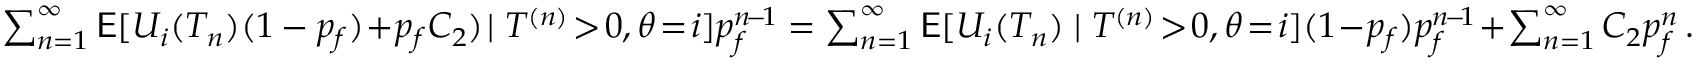
\begin{array} { r } { \sum _ { n = 1 } ^ { \infty } \mathsf { E } [ U _ { i } ( T _ { n } ) ( 1 - p _ { f } ) \! + \! p _ { f } C _ { 2 } ) \! \mid T ^ { ( n ) } \! > \! 0 , \theta \! = \! i ] p _ { f } ^ { n \! - \! 1 } = \sum _ { n = 1 } ^ { \infty } \mathsf { E } [ U _ { i } ( T _ { n } ) \mid T ^ { ( n ) } \! > \! 0 , \theta \! = \! i ] ( 1 \! - \! p _ { f } ) p _ { f } ^ { n \! - \! 1 } \! + \! \sum _ { n = 1 } ^ { \infty } C _ { 2 } p _ { f } ^ { n } \, . } \end{array}